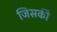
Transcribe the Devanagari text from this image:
जिसकीे